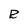
Character: R